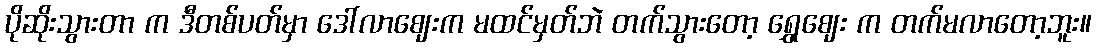
ပိုဆိုးသွားတာ က ဒီတစ်ပတ်မှာ ဒေါ်လာဈေးက မထင်မှတ်ဘဲ တက်သွားတော့ ရွှေဈေး က တက်မလာတော့ဘူး။